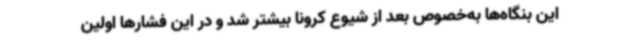
این بنگاه‌ها به‌خصوص بعد از شیوع کرونا بیشتر شد و در این فشارها اولین